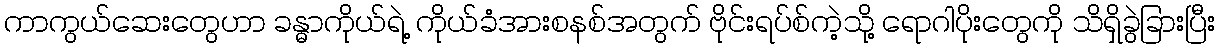
ကာကွယ်ဆေးတွေဟာ ခန္ဓာကိုယ်ရဲ့ ကိုယ်ခံအားစနစ်အတွက် ဗိုင်းရပ်စ်ကဲ့သို့ ရောဂါပိုးတွေကို သိရှိခွဲခြားပြီး